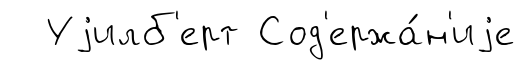
Уjилб'ерт Сод'ержа́н'иjе